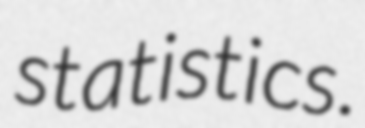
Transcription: statistics.